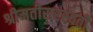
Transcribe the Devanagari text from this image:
श्रीमतीसरस्‍वती